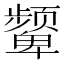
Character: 颦